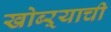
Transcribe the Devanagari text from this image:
खोब्ऱ्याची